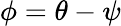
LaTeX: \phi=\theta-\psi